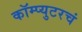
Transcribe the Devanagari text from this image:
कॉम्प्युटरचं